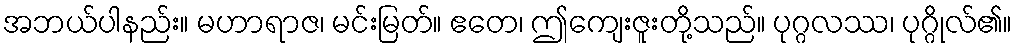
အဘယ်ပါနည်း။ မဟာရာဇ၊ မင်းမြတ်။ ဧတေ၊ ဤကျေးဇူးတို့သည်။ ပုဂ္ဂလဿ၊ ပုဂ္ဂိုလ်၏။